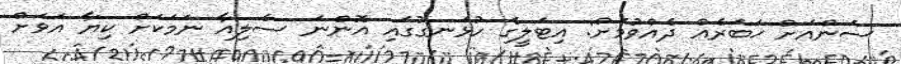
ސަންއަށް ޚަބަރެއް ދެއްވުމަށް: އިޓަލީގެ ހުޅަނގުގައި އޮންނަ ސެލިއާ ނަމަކަށް ކިޔާ އަވަށް